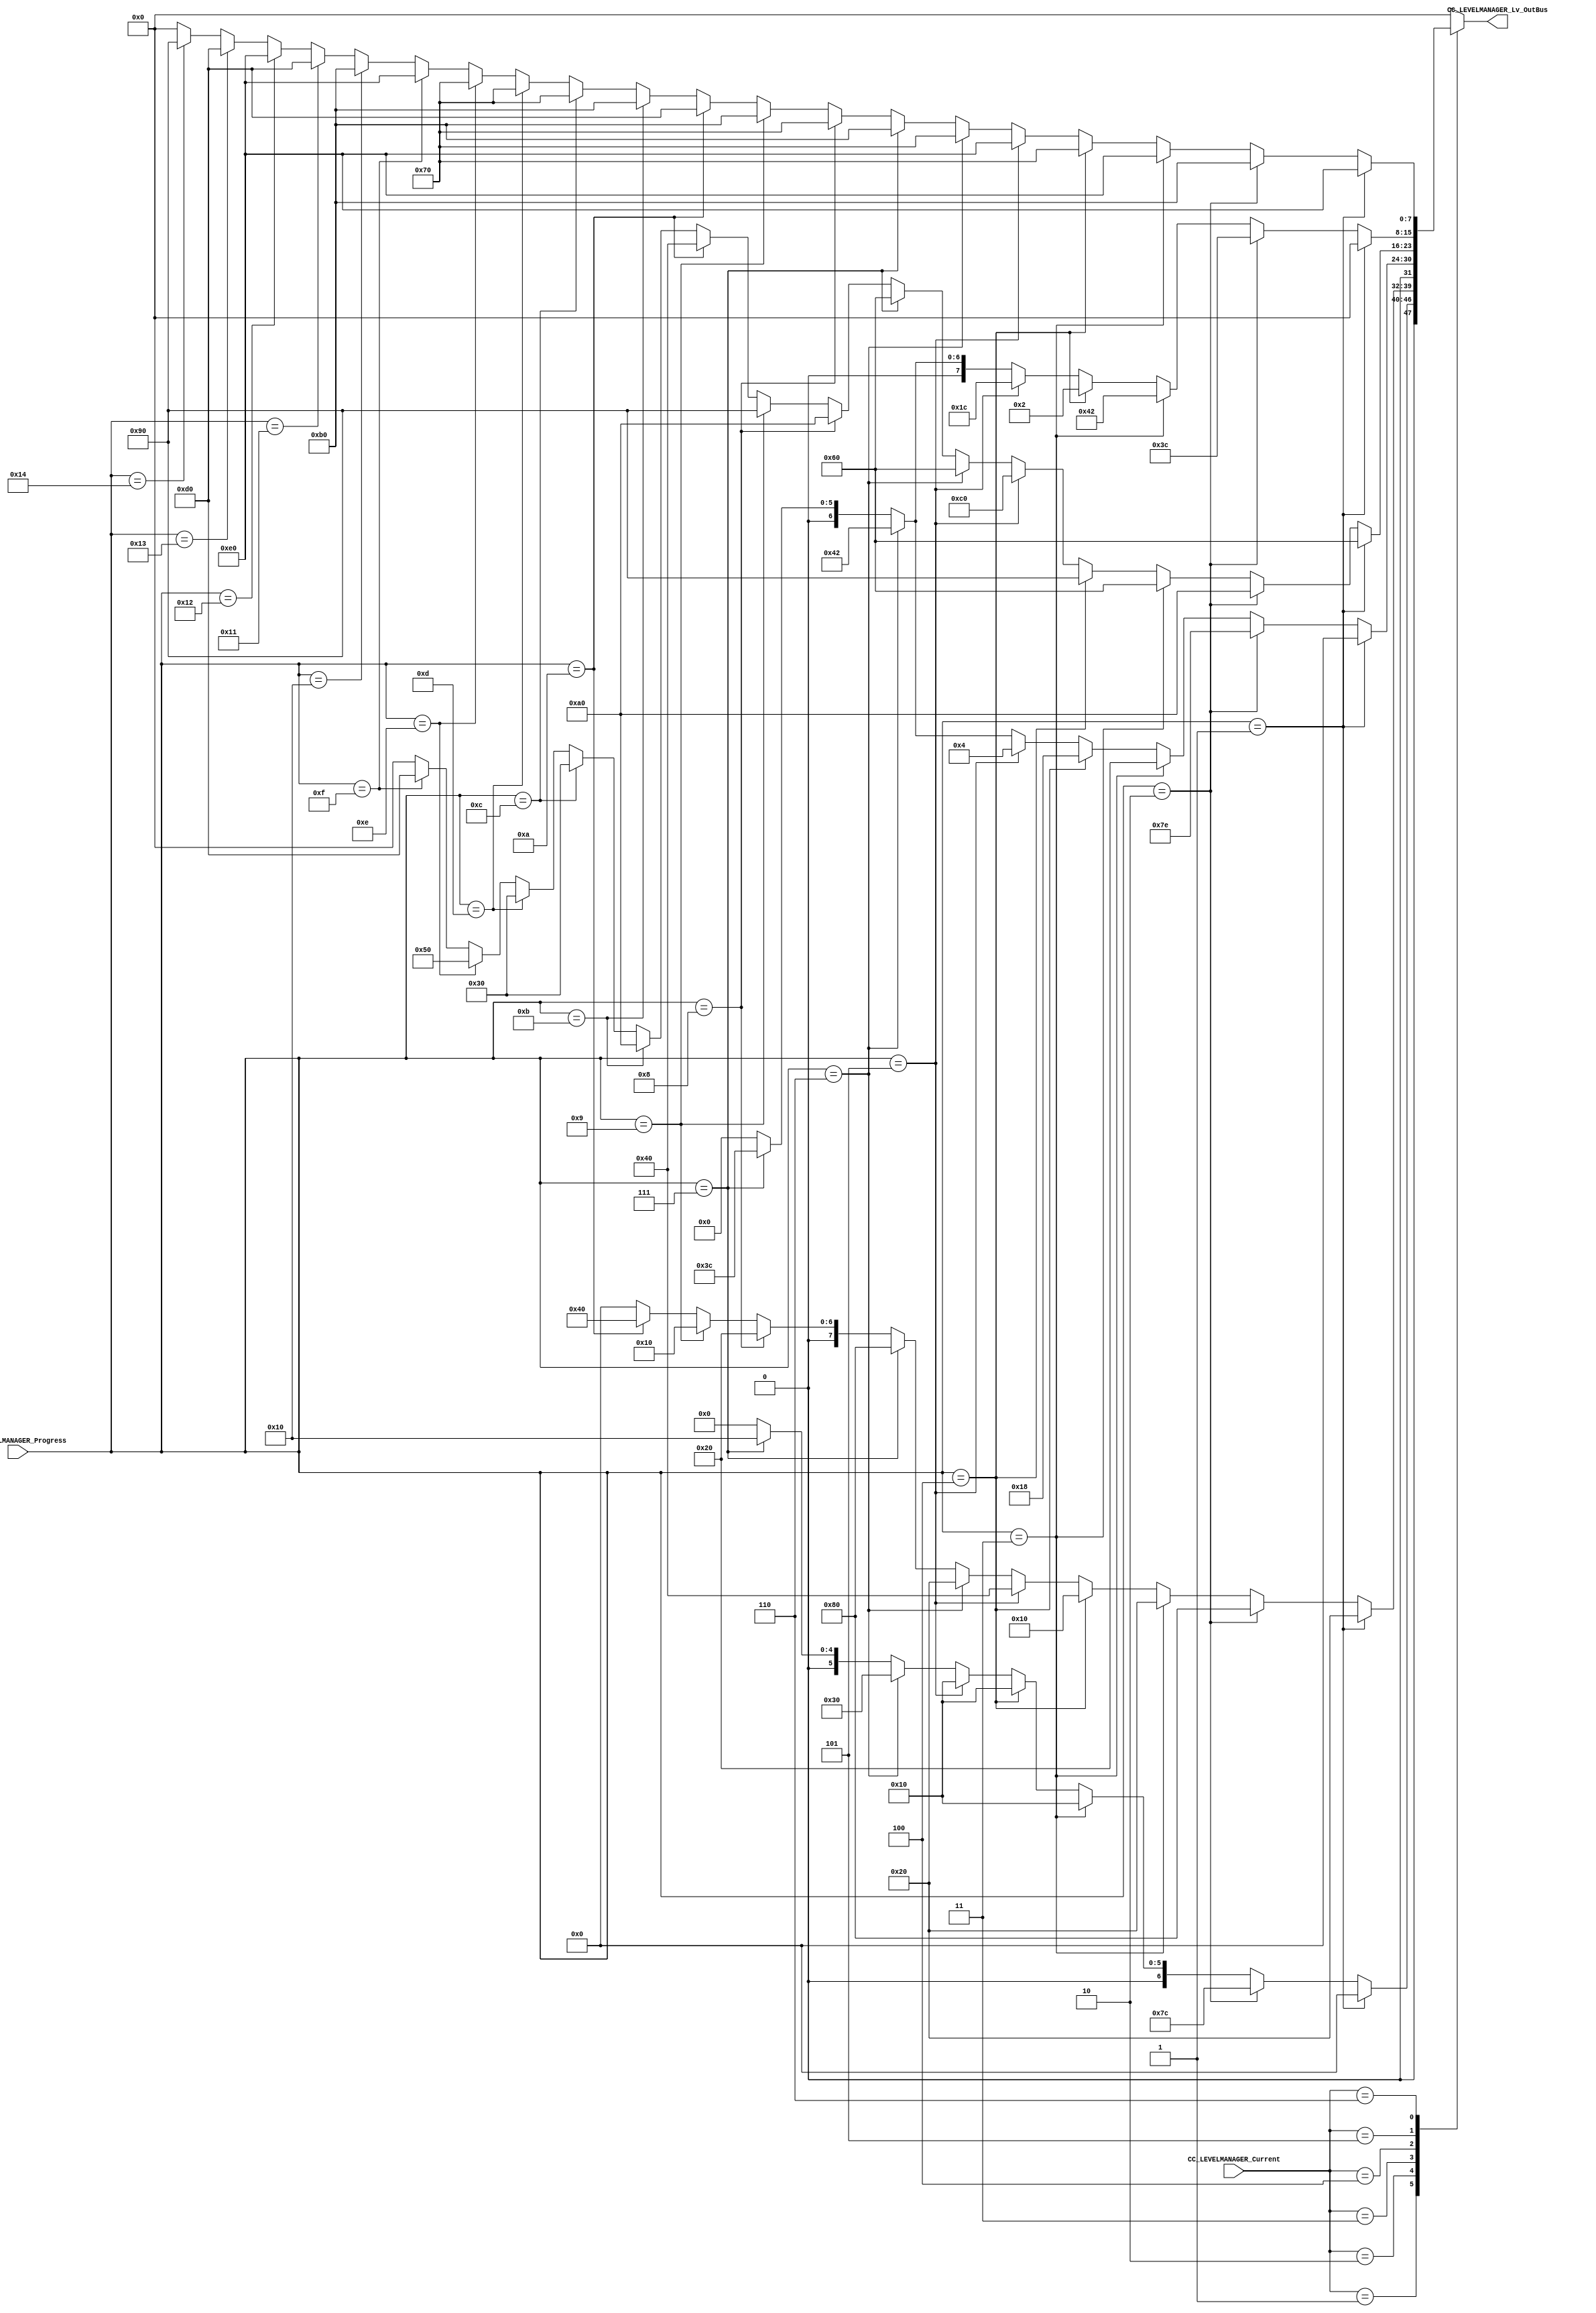
/*######################################################################
//#	G0B1T: HDL EXAMPLES. 2018.
//######################################################################
//# 
//# This program is free software: you can redistribute it and/or modify
//# it under the terms of the GNU General Public License as published by
//# the Free Software Foundation, version 3 of the License.
//#
//# This program is distributed in the hope that it will be useful,
//# but WITHOUT ANY WARRANTY; without even the implied warranty of
//# MERCHANTABILITY or FITNESS FOR A PARTICULAR PURPOSE.  See the
//# GNU General Public License for more details.
//#
//# You should have received a copy of the GNU General Public License
//# along with this program.  If not, see <http://www.gnu.org/licenses/>
//####################################################################*/
//=======================================================
//  MODULE Definition
//=======================================================

module CC_LEVELMANAGER (
//////////// OUTPUTS //////////
	CC_LEVELMANAGER_Lv_OutBus,
		
//////////// INPUTS //////////
	CC_LEVELMANAGER_Progress,
	CC_LEVELMANAGER_Current

);

//=======================================================
//  PORT declarations
//=======================================================
output reg [7:0]	CC_LEVELMANAGER_Lv_OutBus;

input		  [4:0]	 	CC_LEVELMANAGER_Progress;
input 	  [2:0]		CC_LEVELMANAGER_Current;

//=======================================================
//  PARAMETER declarations
//=======================================================

//parameter LEVELMANAGER_DATAWIDTH = 8;

//Nivel 1
parameter Lv1_u0   	= 8'b00100000;
parameter Lv1_u1   	= 8'b10000000;
parameter Lv1_u2   	= 8'b00100000;
parameter Lv1_u3   	= 8'b00010000;
parameter Lv1_u4   	= 8'b01000000;
parameter Lv1_u5   	= 8'b00100000;
parameter Lv1_u6   	= 8'b10000000;
parameter Lv1_u7   	= 8'b00100000;
parameter Lv1_u8   	= 8'b00010000;
parameter Lv1_u9 		= 8'b01000000;

//Nivel 2
parameter Lv2_u0   	= 8'b01100000;
parameter Lv2_u1   	= 8'b10100000;
parameter Lv2_u2   	= 8'b01100000;
parameter Lv2_u3   	= 8'b10010000;
parameter Lv2_u4   	= 8'b11000000;
parameter Lv2_u5   	= 8'b01100000;
parameter Lv2_u6   	= 8'b01100000;
parameter Lv2_u7   	= 8'b10100000;
parameter Lv2_u8   	= 8'b10010000;
parameter Lv2_u9   	= 8'b01000000;
parameter Lv2_u10   	= 8'b10100000;
parameter Lv2_u11   	= 8'b00110000;
parameter Lv2_u12   	= 8'b00110000;
parameter Lv2_u13   	= 8'b01010000;
parameter Lv2_u14   	= 8'b11010000;


//Nivel 3
parameter Lv3_u0   	= 8'b11100000;
parameter Lv3_u1   	= 8'b10110000;
parameter Lv3_u2   	= 8'b11100000;
parameter Lv3_u3   	= 8'b01110000;
parameter Lv3_u4   	= 8'b11100000;
parameter Lv3_u5   	= 8'b01110000;
parameter Lv3_u6   	= 8'b10110000;
parameter Lv3_u7   	= 8'b01110000;
parameter Lv3_u8   	= 8'b10110000;
parameter Lv3_u9   	= 8'b11010000;
parameter Lv3_u10   	= 8'b10110000;
parameter Lv3_u11   	= 8'b01110000;
parameter Lv3_u12   	= 8'b01110000;
parameter Lv3_u13   	= 8'b01110000;
parameter Lv3_u14   	= 8'b11100000;
parameter Lv3_u15   	= 8'b10110000;
parameter Lv3_u16   	= 8'b11010000;
parameter Lv3_u17   	= 8'b11100000;
parameter Lv3_u18   	= 8'b11010000;
parameter Lv3_u19   	= 8'b10010000;

//Pre nivel 1
parameter Lv0toLv1_u0   	= 8'b00000000;
parameter Lv0toLv1_u1   	= 8'b00010000;
parameter Lv0toLv1_u2   	= 8'b00110000;
parameter Lv0toLv1_u3   	= 8'b00010000;
parameter Lv0toLv1_u4   	= 8'b00010000;
parameter Lv0toLv1_u5   	= 8'b00010000;
parameter Lv0toLv1_u6  		= 8'b01111100;
parameter Lv0toLv1_u7   	= 8'b00000000;

//Pre nivel 2
parameter Lv1toLv2_u0   	= 8'b00000000;
parameter Lv1toLv2_u1   	= 8'b00111100;
parameter Lv1toLv2_u2   	= 8'b01000010;
parameter Lv1toLv2_u3   	= 8'b00000100;
parameter Lv1toLv2_u4 		= 8'b00011000;
parameter Lv1toLv2_u5   	= 8'b00100000;
parameter Lv1toLv2_u6   	= 8'b01111110;
parameter Lv1toLv2_u7 		= 8'b00000000;

//Pre nivel 3
parameter Lv2toLv3_u0   = 8'b00000000;
parameter Lv2toLv3_u1   = 8'b00111100;
parameter Lv2toLv3_u2   = 8'b01000010;
parameter Lv2toLv3_u3   = 8'b00011100;
parameter Lv2toLv3_u4   = 8'b00000010;
parameter Lv2toLv3_u5   = 8'b01000010;
parameter Lv2toLv3_u6   = 8'b00111100;
parameter Lv2toLv3_u7   = 8'b00000000;

//=======================================================
//  Structural coding
//=======================================================
always @(*)
begin
	case (CC_LEVELMANAGER_Current)
	
	1: begin
			if(CC_LEVELMANAGER_Progress == 1) CC_LEVELMANAGER_Lv_OutBus 			= Lv0toLv1_u7;
			else if(CC_LEVELMANAGER_Progress == 2) CC_LEVELMANAGER_Lv_OutBus 	= Lv0toLv1_u6;
			else if(CC_LEVELMANAGER_Progress == 3) CC_LEVELMANAGER_Lv_OutBus 	= Lv0toLv1_u5;
			else if(CC_LEVELMANAGER_Progress == 4) CC_LEVELMANAGER_Lv_OutBus 	= Lv0toLv1_u4;
			else if(CC_LEVELMANAGER_Progress == 5) CC_LEVELMANAGER_Lv_OutBus 	= Lv0toLv1_u3;
			else if(CC_LEVELMANAGER_Progress == 6) CC_LEVELMANAGER_Lv_OutBus 	= Lv0toLv1_u2;
			else if(CC_LEVELMANAGER_Progress == 7) CC_LEVELMANAGER_Lv_OutBus 	= Lv0toLv1_u1;
			else if(CC_LEVELMANAGER_Progress == 8) CC_LEVELMANAGER_Lv_OutBus 	= Lv0toLv1_u0;
			else CC_LEVELMANAGER_Lv_OutBus = 0;
		end
		
	2: begin
			if(CC_LEVELMANAGER_Progress == 1) CC_LEVELMANAGER_Lv_OutBus 			= Lv1_u0;
			else if (CC_LEVELMANAGER_Progress == 2) CC_LEVELMANAGER_Lv_OutBus 	= Lv1_u1;
			else if (CC_LEVELMANAGER_Progress == 3) CC_LEVELMANAGER_Lv_OutBus 	= Lv1_u2;
			else if (CC_LEVELMANAGER_Progress == 4) CC_LEVELMANAGER_Lv_OutBus 	= Lv1_u3;
			else if (CC_LEVELMANAGER_Progress == 5) CC_LEVELMANAGER_Lv_OutBus 	= Lv1_u4;
			else if (CC_LEVELMANAGER_Progress == 6) CC_LEVELMANAGER_Lv_OutBus 	= Lv1_u5;
			else if (CC_LEVELMANAGER_Progress == 7) CC_LEVELMANAGER_Lv_OutBus 	= Lv1_u6;
			else if (CC_LEVELMANAGER_Progress == 8) CC_LEVELMANAGER_Lv_OutBus 	= Lv1_u7;
			else if (CC_LEVELMANAGER_Progress == 9) CC_LEVELMANAGER_Lv_OutBus 	= Lv1_u8;
			else if (CC_LEVELMANAGER_Progress == 10) CC_LEVELMANAGER_Lv_OutBus = Lv1_u9;
			else CC_LEVELMANAGER_Lv_OutBus = 0;
		end
		
	3: begin
			if(CC_LEVELMANAGER_Progress == 1) CC_LEVELMANAGER_Lv_OutBus 			= Lv1toLv2_u7;
			else if(CC_LEVELMANAGER_Progress == 2) CC_LEVELMANAGER_Lv_OutBus 	= Lv1toLv2_u6;
			else if(CC_LEVELMANAGER_Progress == 3) CC_LEVELMANAGER_Lv_OutBus 	= Lv1toLv2_u5;
			else if(CC_LEVELMANAGER_Progress == 4) CC_LEVELMANAGER_Lv_OutBus 	= Lv1toLv2_u4;
			else if(CC_LEVELMANAGER_Progress == 5) CC_LEVELMANAGER_Lv_OutBus 	= Lv1toLv2_u3;
			else if(CC_LEVELMANAGER_Progress == 6) CC_LEVELMANAGER_Lv_OutBus 	= Lv1toLv2_u2;
			else if(CC_LEVELMANAGER_Progress == 7) CC_LEVELMANAGER_Lv_OutBus 	= Lv1toLv2_u1;
			else if(CC_LEVELMANAGER_Progress == 8) CC_LEVELMANAGER_Lv_OutBus 	= Lv1toLv2_u0;
			else CC_LEVELMANAGER_Lv_OutBus = 0;
		end
		
	4: begin
			if(CC_LEVELMANAGER_Progress == 1) CC_LEVELMANAGER_Lv_OutBus 			= Lv2_u0;
			else if (CC_LEVELMANAGER_Progress == 2) CC_LEVELMANAGER_Lv_OutBus 	= Lv2_u1;
			else if (CC_LEVELMANAGER_Progress == 3) CC_LEVELMANAGER_Lv_OutBus 	= Lv2_u2;
			else if (CC_LEVELMANAGER_Progress == 4) CC_LEVELMANAGER_Lv_OutBus 	= Lv2_u3;
			else if (CC_LEVELMANAGER_Progress == 5) CC_LEVELMANAGER_Lv_OutBus 	= Lv2_u4;
			else if (CC_LEVELMANAGER_Progress == 6) CC_LEVELMANAGER_Lv_OutBus 	= Lv2_u5;
			else if (CC_LEVELMANAGER_Progress == 7) CC_LEVELMANAGER_Lv_OutBus 	= Lv2_u6;
			else if (CC_LEVELMANAGER_Progress == 8) CC_LEVELMANAGER_Lv_OutBus 	= Lv2_u7;
			else if (CC_LEVELMANAGER_Progress == 9) CC_LEVELMANAGER_Lv_OutBus 	= Lv2_u8;
			else if (CC_LEVELMANAGER_Progress == 10) CC_LEVELMANAGER_Lv_OutBus = Lv2_u9;
			else if (CC_LEVELMANAGER_Progress == 11) CC_LEVELMANAGER_Lv_OutBus = Lv2_u10;
			else if (CC_LEVELMANAGER_Progress == 12) CC_LEVELMANAGER_Lv_OutBus = Lv2_u11;
			else if (CC_LEVELMANAGER_Progress == 13) CC_LEVELMANAGER_Lv_OutBus = Lv2_u12;
			else if (CC_LEVELMANAGER_Progress == 14) CC_LEVELMANAGER_Lv_OutBus = Lv2_u13;
			else if (CC_LEVELMANAGER_Progress == 15) CC_LEVELMANAGER_Lv_OutBus = Lv2_u14;
			else CC_LEVELMANAGER_Lv_OutBus = 0;
		end
		
	5: begin
			if(CC_LEVELMANAGER_Progress == 1) CC_LEVELMANAGER_Lv_OutBus 			= Lv2toLv3_u7;
			else if(CC_LEVELMANAGER_Progress == 2) CC_LEVELMANAGER_Lv_OutBus 	= Lv2toLv3_u6;
			else if(CC_LEVELMANAGER_Progress == 3) CC_LEVELMANAGER_Lv_OutBus 	= Lv2toLv3_u5;
			else if(CC_LEVELMANAGER_Progress == 4) CC_LEVELMANAGER_Lv_OutBus 	= Lv2toLv3_u4;
			else if(CC_LEVELMANAGER_Progress == 5) CC_LEVELMANAGER_Lv_OutBus 	= Lv2toLv3_u3;
			else if(CC_LEVELMANAGER_Progress == 6) CC_LEVELMANAGER_Lv_OutBus 	= Lv2toLv3_u2;
			else if(CC_LEVELMANAGER_Progress == 7) CC_LEVELMANAGER_Lv_OutBus 	= Lv2toLv3_u1;
			else if(CC_LEVELMANAGER_Progress == 8) CC_LEVELMANAGER_Lv_OutBus 	= Lv2toLv3_u0;
			else CC_LEVELMANAGER_Lv_OutBus = 0;
		end
		
	6: begin
			if(CC_LEVELMANAGER_Progress == 1) CC_LEVELMANAGER_Lv_OutBus 			= Lv3_u0;
			else if (CC_LEVELMANAGER_Progress == 2) CC_LEVELMANAGER_Lv_OutBus 	= Lv3_u1;
			else if (CC_LEVELMANAGER_Progress == 3) CC_LEVELMANAGER_Lv_OutBus 	= Lv3_u2;
			else if (CC_LEVELMANAGER_Progress == 4) CC_LEVELMANAGER_Lv_OutBus 	= Lv3_u3;
			else if (CC_LEVELMANAGER_Progress == 5) CC_LEVELMANAGER_Lv_OutBus 	= Lv3_u4;
			else if (CC_LEVELMANAGER_Progress == 6) CC_LEVELMANAGER_Lv_OutBus 	= Lv3_u5;
			else if (CC_LEVELMANAGER_Progress == 7) CC_LEVELMANAGER_Lv_OutBus 	= Lv3_u6;
			else if (CC_LEVELMANAGER_Progress == 8) CC_LEVELMANAGER_Lv_OutBus 	= Lv3_u7;
			else if (CC_LEVELMANAGER_Progress == 9) CC_LEVELMANAGER_Lv_OutBus 	= Lv3_u8;
			else if (CC_LEVELMANAGER_Progress == 10) CC_LEVELMANAGER_Lv_OutBus = Lv3_u9;
			else if (CC_LEVELMANAGER_Progress == 11) CC_LEVELMANAGER_Lv_OutBus = Lv3_u10;
			else if (CC_LEVELMANAGER_Progress == 12) CC_LEVELMANAGER_Lv_OutBus = Lv3_u11;
			else if (CC_LEVELMANAGER_Progress == 13) CC_LEVELMANAGER_Lv_OutBus = Lv3_u12;
			else if (CC_LEVELMANAGER_Progress == 14) CC_LEVELMANAGER_Lv_OutBus = Lv3_u13;
			else if (CC_LEVELMANAGER_Progress == 15) CC_LEVELMANAGER_Lv_OutBus = Lv3_u14;
			else if (CC_LEVELMANAGER_Progress == 16) CC_LEVELMANAGER_Lv_OutBus = Lv3_u15;
			else if (CC_LEVELMANAGER_Progress == 17) CC_LEVELMANAGER_Lv_OutBus = Lv3_u16;
			else if (CC_LEVELMANAGER_Progress == 18) CC_LEVELMANAGER_Lv_OutBus = Lv3_u17;
			else if (CC_LEVELMANAGER_Progress == 19) CC_LEVELMANAGER_Lv_OutBus = Lv3_u18;
			else if (CC_LEVELMANAGER_Progress == 20) CC_LEVELMANAGER_Lv_OutBus = Lv3_u19;
			else CC_LEVELMANAGER_Lv_OutBus = 0;
		end
		
	default: CC_LEVELMANAGER_Lv_OutBus = 0;
	endcase

end

endmodule